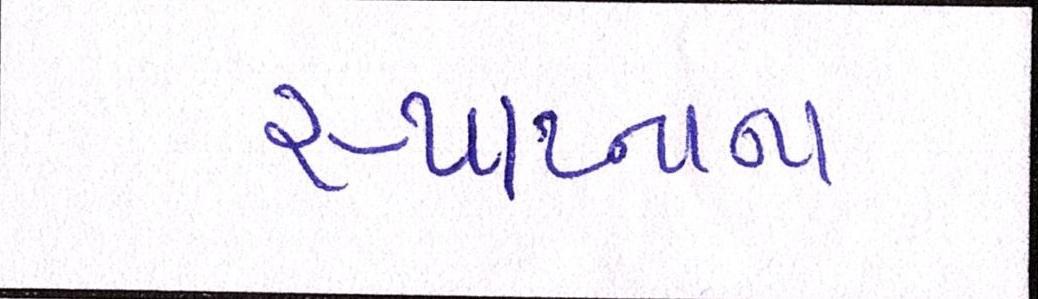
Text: સ્થાપ્નાના